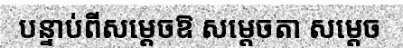
បន្ទាប់ពីសម្តេចឱ សម្តេចតា សម្តេច